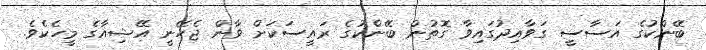
ބޭންކުގެ އަސާސީ ގަވާއިދުގައިވާ ގޮތުން ބޭންކުގެ ރައީސަކަށް ވާން ޖެހޭނީ އޭޝިއާގެ މީހެކެވެ.